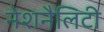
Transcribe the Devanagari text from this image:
नेशनैलिटी